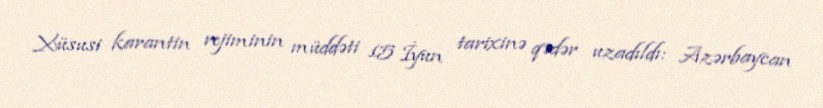
Xüsusi karantin rejiminin müddəti 15 İyun tarixinə qədər uzadıldı: Azərbaycan